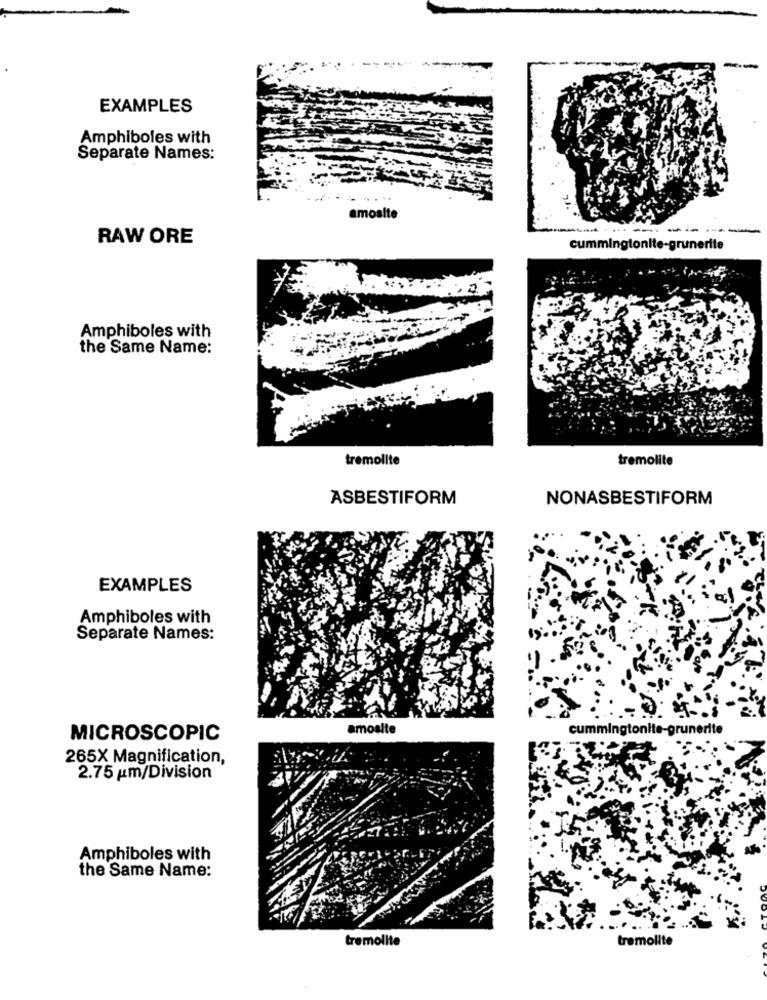
--
EXAMPLES
Amphiboles with
Separate Names:
alte
------
RAW ORE
cummingtonite-grunerite
Amphiboles with
the Same Name:
tremolite
tremolite
ASBESTIFORM
NONASBESTIFORM
EXAMPLES
Amphiboles with
Separate Names:
amosite
MICROSCOPIC
265X Magnification,
2.75 km/Division
Amphiboles with
the Same Name:
tremolite
tremolite